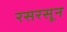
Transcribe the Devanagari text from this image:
रसरसून